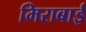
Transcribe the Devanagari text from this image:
मिराबाई